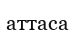
аттаса